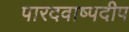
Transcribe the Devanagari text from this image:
पारदवाष्पदीप